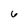
Character: 6